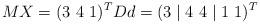
LaTeX: \begin{align*}MX = (3 \ 4 \ 1)^T Dd = (3 \mid 4 \ 4 \mid 1 \ 1 )^T\end{align*}